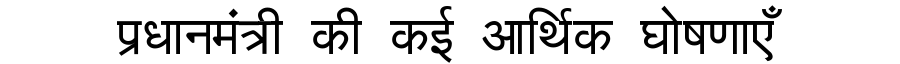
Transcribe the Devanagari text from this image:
प्रधानमंत्री की कई आर्थिक घोषणाएँ